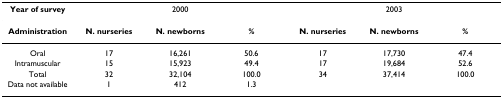
<table><thead><tr><td><b>Year of survey</b></td><td colspan="3"><b>2000</b></td><td colspan="3"><b>2003</b></td></tr></thead><tbody><tr><td><b>Administration</b></td><td><b>N. nurseries</b></td><td><b>N. newborns</b></td><td><b>%</b></td><td><b>N. nurseries</b></td><td><b>N. newborns</b></td><td><b>%</b></td></tr><tr><td>Oral</td><td>17</td><td>16,261</td><td>50.6</td><td>17</td><td>17,730</td><td>47.4</td></tr><tr><td>Intramuscular</td><td>15</td><td>15,923</td><td>49.4</td><td>17</td><td>19,684</td><td>52.6</td></tr><tr><td>Total</td><td>32</td><td>32,104</td><td>100.0</td><td>34</td><td>37,414</td><td>100.0</td></tr><tr><td>Data not available</td><td>1</td><td>412</td><td>1.3</td><td></td><td></td><td></td></tr></tbody></table>